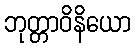
ဘုတ္တာဝိနိယော